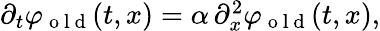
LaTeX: \begin{array}{r}{\partial_{t}\varphi_{\mathrm{~o~l~d~}}(t,x)=\alpha\, \partial_{x}^{2}\varphi_{\mathrm{~o~l~d~}}(t,x),}\end{array}